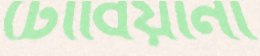
টোবিয়ানা